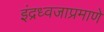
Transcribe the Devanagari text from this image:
इंद्रध्वजाप्रमाणे